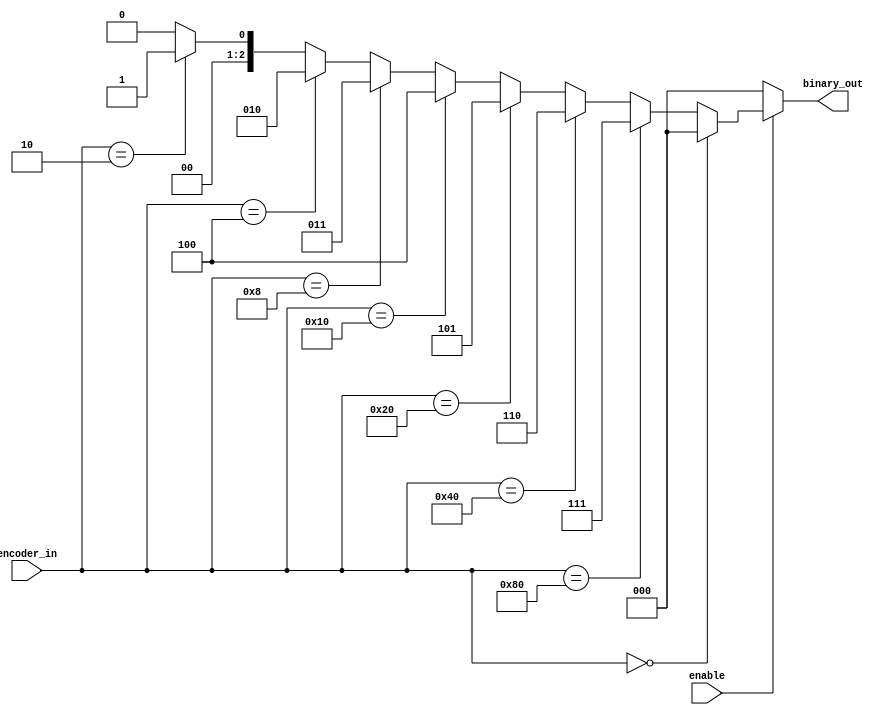
module encoders(
binary_out,
encoder_in,
enable
    );

output [2:0] binary_out;

input enable;
input [7:0] encoder_in;

reg [2:0] binary_out;

always @ (enable)
begin
binary_out=0;
if(enable) begin
if(encoder_in==8'h0002) begin
binary_out=1;
end if(encoder_in==8'h0004) begin
binary_out=2;
end if(encoder_in==8'h0008) begin
binary_out=3;
end if(encoder_in==8'h0010) begin
binary_out=4;
end if(encoder_in==8'h0020) begin
binary_out=5;
end if(encoder_in==8'h0040) begin
binary_out=6;
end if(encoder_in==8'h0080) begin
binary_out=7;
end if(encoder_in==8'h0100) begin
binary_out=8;
end
end
end

endmodule